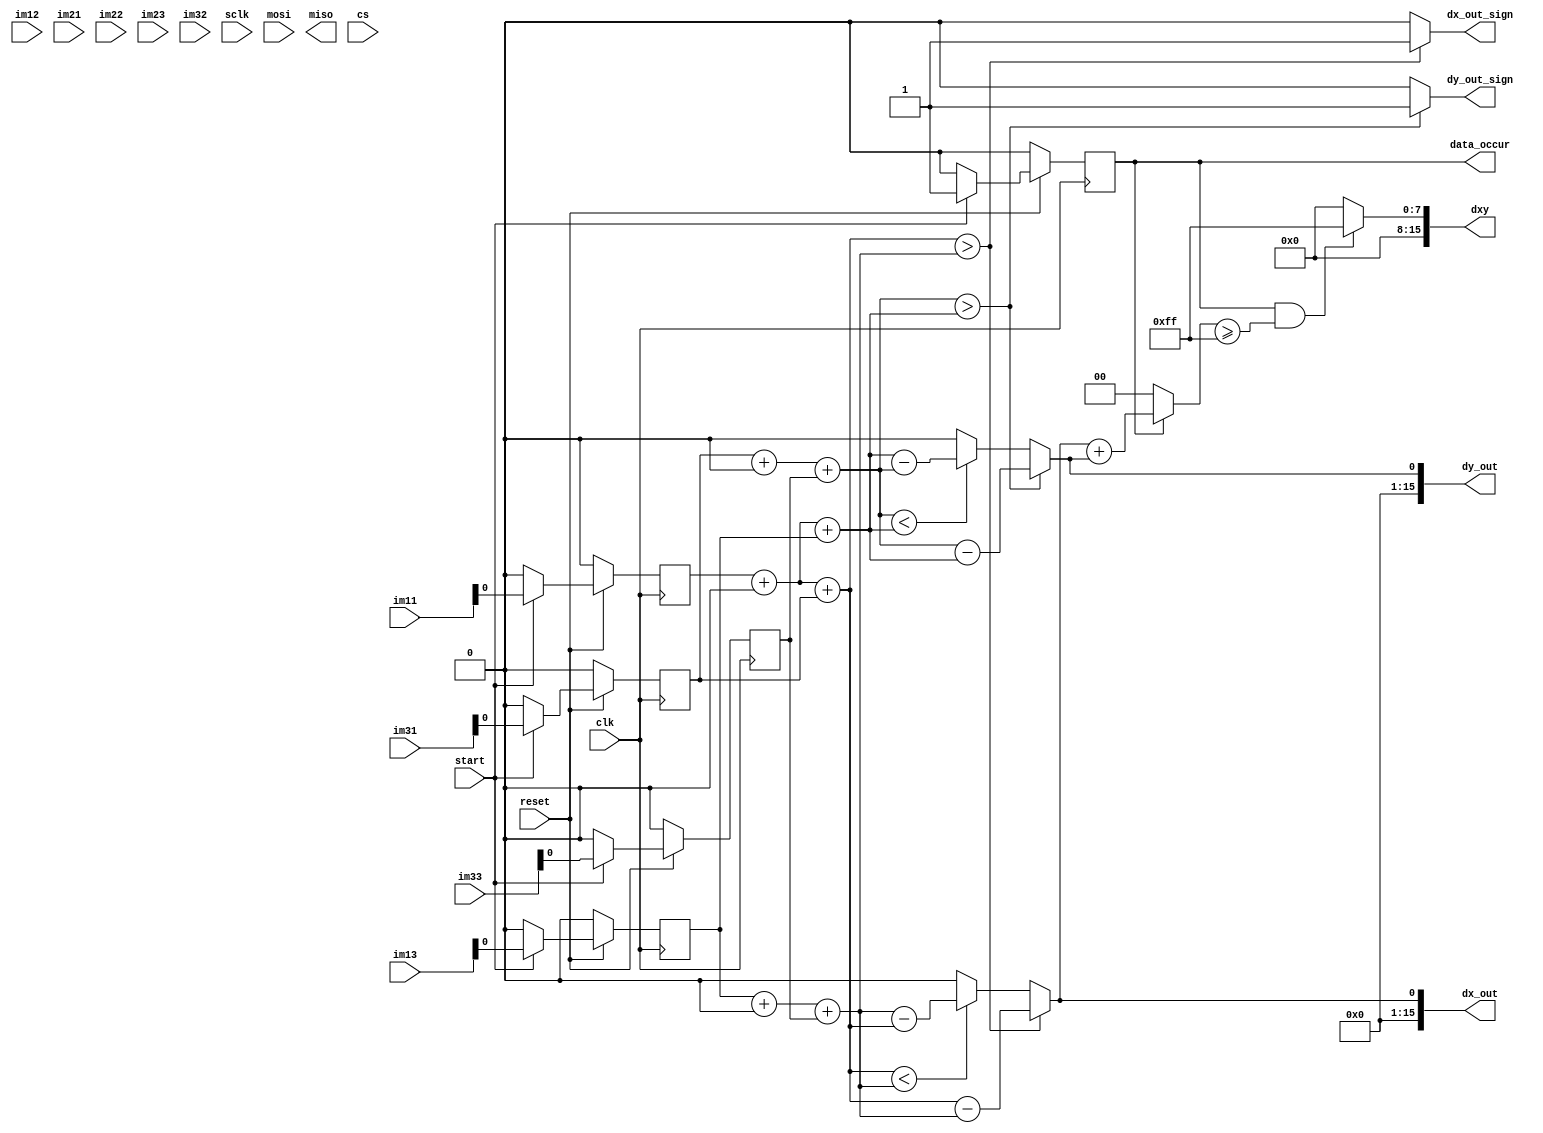
module canny (
    input clk,
    input reset,
    input start,
    input [15:0] im11,
    input [15:0] im12,
    input [15:0] im13,
    input [15:0] im21,
    input [15:0] im22,
    input [15:0] im23,
    input [15:0] im31,
    input [15:0] im32,
    input [15:0] im33,
    output [15:0] dx_out,
    output dx_out_sign,
    output [15:0] dy_out,
    output dy_out_sign,
    output [15:0] dxy,
    output data_occur,
    input wire sclk,
    input wire mosi,
    output wire miso,
    input wire cs
);

reg [15:0] im11t, im12t,im13t, im21t, im22t, im23t, im31t, im32t, im33t; // ... (other temporary registers)
reg data_occur;

wire temp3x_sign;
wire [15:0] temp3y;
wire temp3y_sign;
wire [15:0] reg_add;

// SPI registers
reg [15:0] spi_tx_data;
reg [15:0] spi_rx_data;
reg spi_ready;
reg spi_active;

// SPI communication logic
always @(posedge clk) begin
    if (~reset) begin
        spi_ready <= 0;
        spi_active <= 0;
        spi_rx_data <= 16'b0;
    end else begin
        if (spi_ready) begin
            spi_rx_data <= miso;
        end
        // SPI ready and active logic
        spi_ready <= 1; // Set to 1 when ready to send/receive data
        spi_active <= 1; // Set to 1 during SPI communication
    end
end

always @(posedge clk) begin
   if(~reset)
 
begin 
    im11t<=16'd0;
    im21t<=16'd0;
    im31t<=16'd0;
    im12t<=16'd0;
    im22t<=16'd0;
    im32t<=16'd0;
    im13t<=16'd0;
    im23t<=16'd0;
    im33t<=16'd0;
    data_occur<=1'b0;
end

else if(start )
begin 

    im11t<=im11;
    im21t<=im21;
    im31t<=im31;
    im12t<=im12;
    im22t<=im22;
    im32t<=im32;
    im13t<=im13;
    im23t<=im23;
    im33t<=im33;
    data_occur<=1'b1;    
end

else
begin
    im11t<=16'd0;
    im21t<=16'd0;
    im31t<=16'd0;
    im12t<=16'd0;
    im22t<=16'd0;
    im32t<=16'd0;
    im13t<=16'd0;
    im23t<=16'd0;
    im33t<=16'd0;
    data_occur<=1'b0;
    
end
end

assign dy_out=temp3y;
assign dy_out_sign=temp3y_sign;
assign temp1y=(im31t+(im32t << 1)+ im33t);
assign temp2y=(im11t+(im12t << 1)+ im13t);
assign temp3y=(temp1y > temp2y)?{temp1y-temp2y}:
              (temp1y < temp2y)?{temp2y-temp1y}:{16'd0};
     
assign temp3y_sign=(temp1y > temp2y)?1'b1:1'b0;
              
assign reg_add=(data_occur)?(dx_out+dy_out):16'd0;
assign dxy=(data_occur && reg_add >= 16'd255)?16'd255:16'd0;

assign dx_out=temp3x;
assign dx_out_sign=temp3x_sign;

assign temp1x=(im11t+(im21t << 1)+ im31t);
assign temp2x=(im13t+(im23t << 1)+ im33t);

assign temp3x=(temp1x > temp2x)?{temp1x-temp2x}:
              (temp1x < temp2x)?{temp2x-temp1x}:{16'd0};
           
assign temp3x_sign=(temp1x > temp2x)?1'b1:1'b0;

endmodule